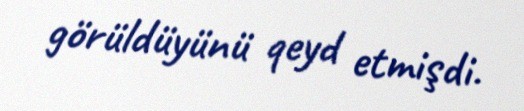
görüldüyünü qeyd etmişdi.